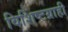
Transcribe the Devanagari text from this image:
विशिष्टग्राही